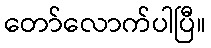
တော်လောက်ပါပြီ။